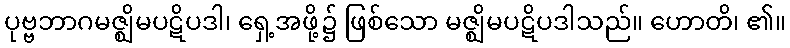
ပုဗ္ဗဘာဂမဇ္ဈိမပဋိပဒါ၊ ရှေ့အဖို့၌ ဖြစ်သော မဇ္ဈိမပဋိပဒါသည်။ ဟောတိ၊ ၏။